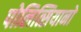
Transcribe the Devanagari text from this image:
पोलित्सियानो